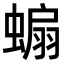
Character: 𧎥